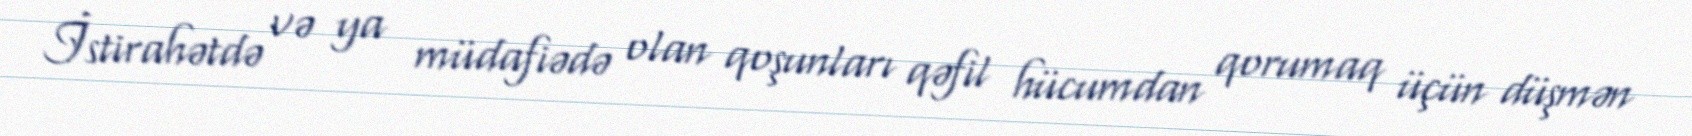
İstirahətdə və ya müdafiədə olan qoşunları qəfil hücumdan qorumaq üçün düşmən